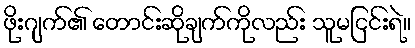
ဖိုးဂျက်၏ တောင်းဆိုချက်ကိုလည်း သူမငြင်းရဲ။